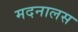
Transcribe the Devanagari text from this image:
मदनालस